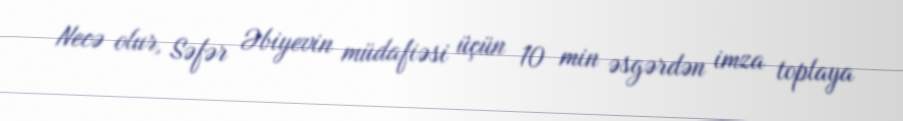
Necə olur, Səfər Əbiyevin müdafiəsi üçün 10 min əsgərdən imza toplaya